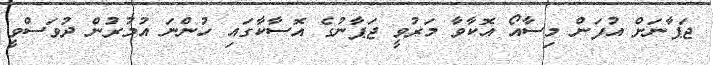
ޖަޕާނަށް އުފަން މިސާއޯ އޮކާވާ މަރުވީ ޖަޕާނުގެ އޮސާކާގައި ހުންނަ އުމުރުން ދުވަސްވީ